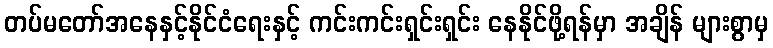
တပ်မတော်အနေနှင့်နိုင်ငံရေးနှင့် ကင်းကင်းရှင်းရှင်း နေနိုင်ဖို့ရန်မှာ အချိန် များစွာမှ